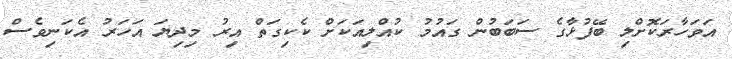
އަވަހާރަކޮށްލި ބޭފުޅާގެ ސަބަބުން ގައުމު ކުއްލިއަކަށް ކެކިގަތް އިރު މިދިޔަ އަހަރު އެކަނިވެސް